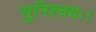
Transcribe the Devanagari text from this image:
सुनिश्चयः।